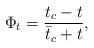
LaTeX: \begin{align*}\Phi_t={{t_c-t}\over {{\bar t}_c+t}},\end{align*}